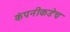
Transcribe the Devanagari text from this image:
कंपनीकडेच